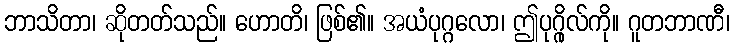
ဘာသိတာ၊ ဆိုတတ်သည်။ ဟောတိ၊ ဖြစ်၏။ အယံပုဂ္ဂလော၊ ဤပုဂ္ဂိုလ်ကို။ ဂူတဘာဏီ၊